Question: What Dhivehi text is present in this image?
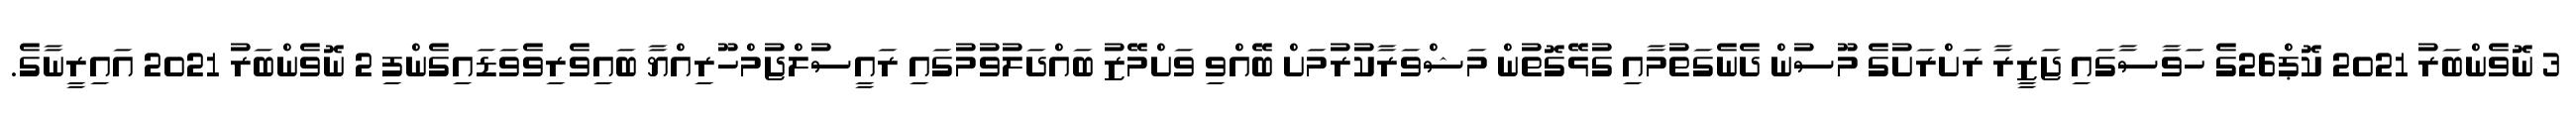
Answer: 3 ނޮވެންބަރު 2021 ކޮޕް26ގެ ހަވާސާގައި ޖަޒީރާ ރަށްރަށުގެ މޫސުން ދެނެގަތުމާއި ގުޅޭގޮތުން މަޝްވަރާކުރުމަށް ބޭއްވި ވަށްމޭޒު ބައްދަލުވުމުގައި ރައީސުލްޖުމްހޫރިއްޔާ ބައިވެރިވެވަޑައިގެންފި 2 ނޮވެންބަރު 2021 އައިރީނާގެ.